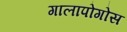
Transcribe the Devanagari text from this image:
गालापोगोस